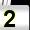
Digit: 2